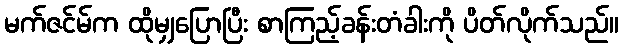
မက်ဇင်မ်က ထိုမျှပြောပြီး စာကြည့်ခန်းတံခါးကို ပိတ်လိုက်သည်။